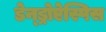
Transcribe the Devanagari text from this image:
डेन्ड्रोऐस्पिस